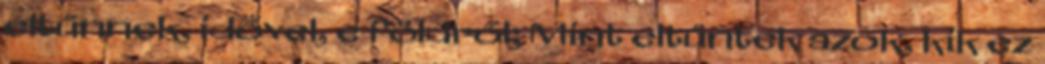
eltűnnek, idővel, e földről; Mint eltűntek azok, kik ez